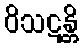
ဝိသဋန္တိ